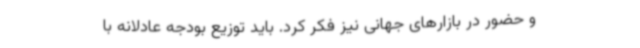
و حضور در بازارهای جهانی نیز فکر کرد. باید توزیع بودجه عادلانه با